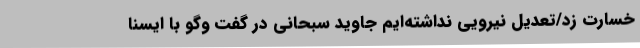
خسارت زد/تعدیل نیرویی نداشته‌ایم جاوید سبحانی در گفت وگو با ایسنا